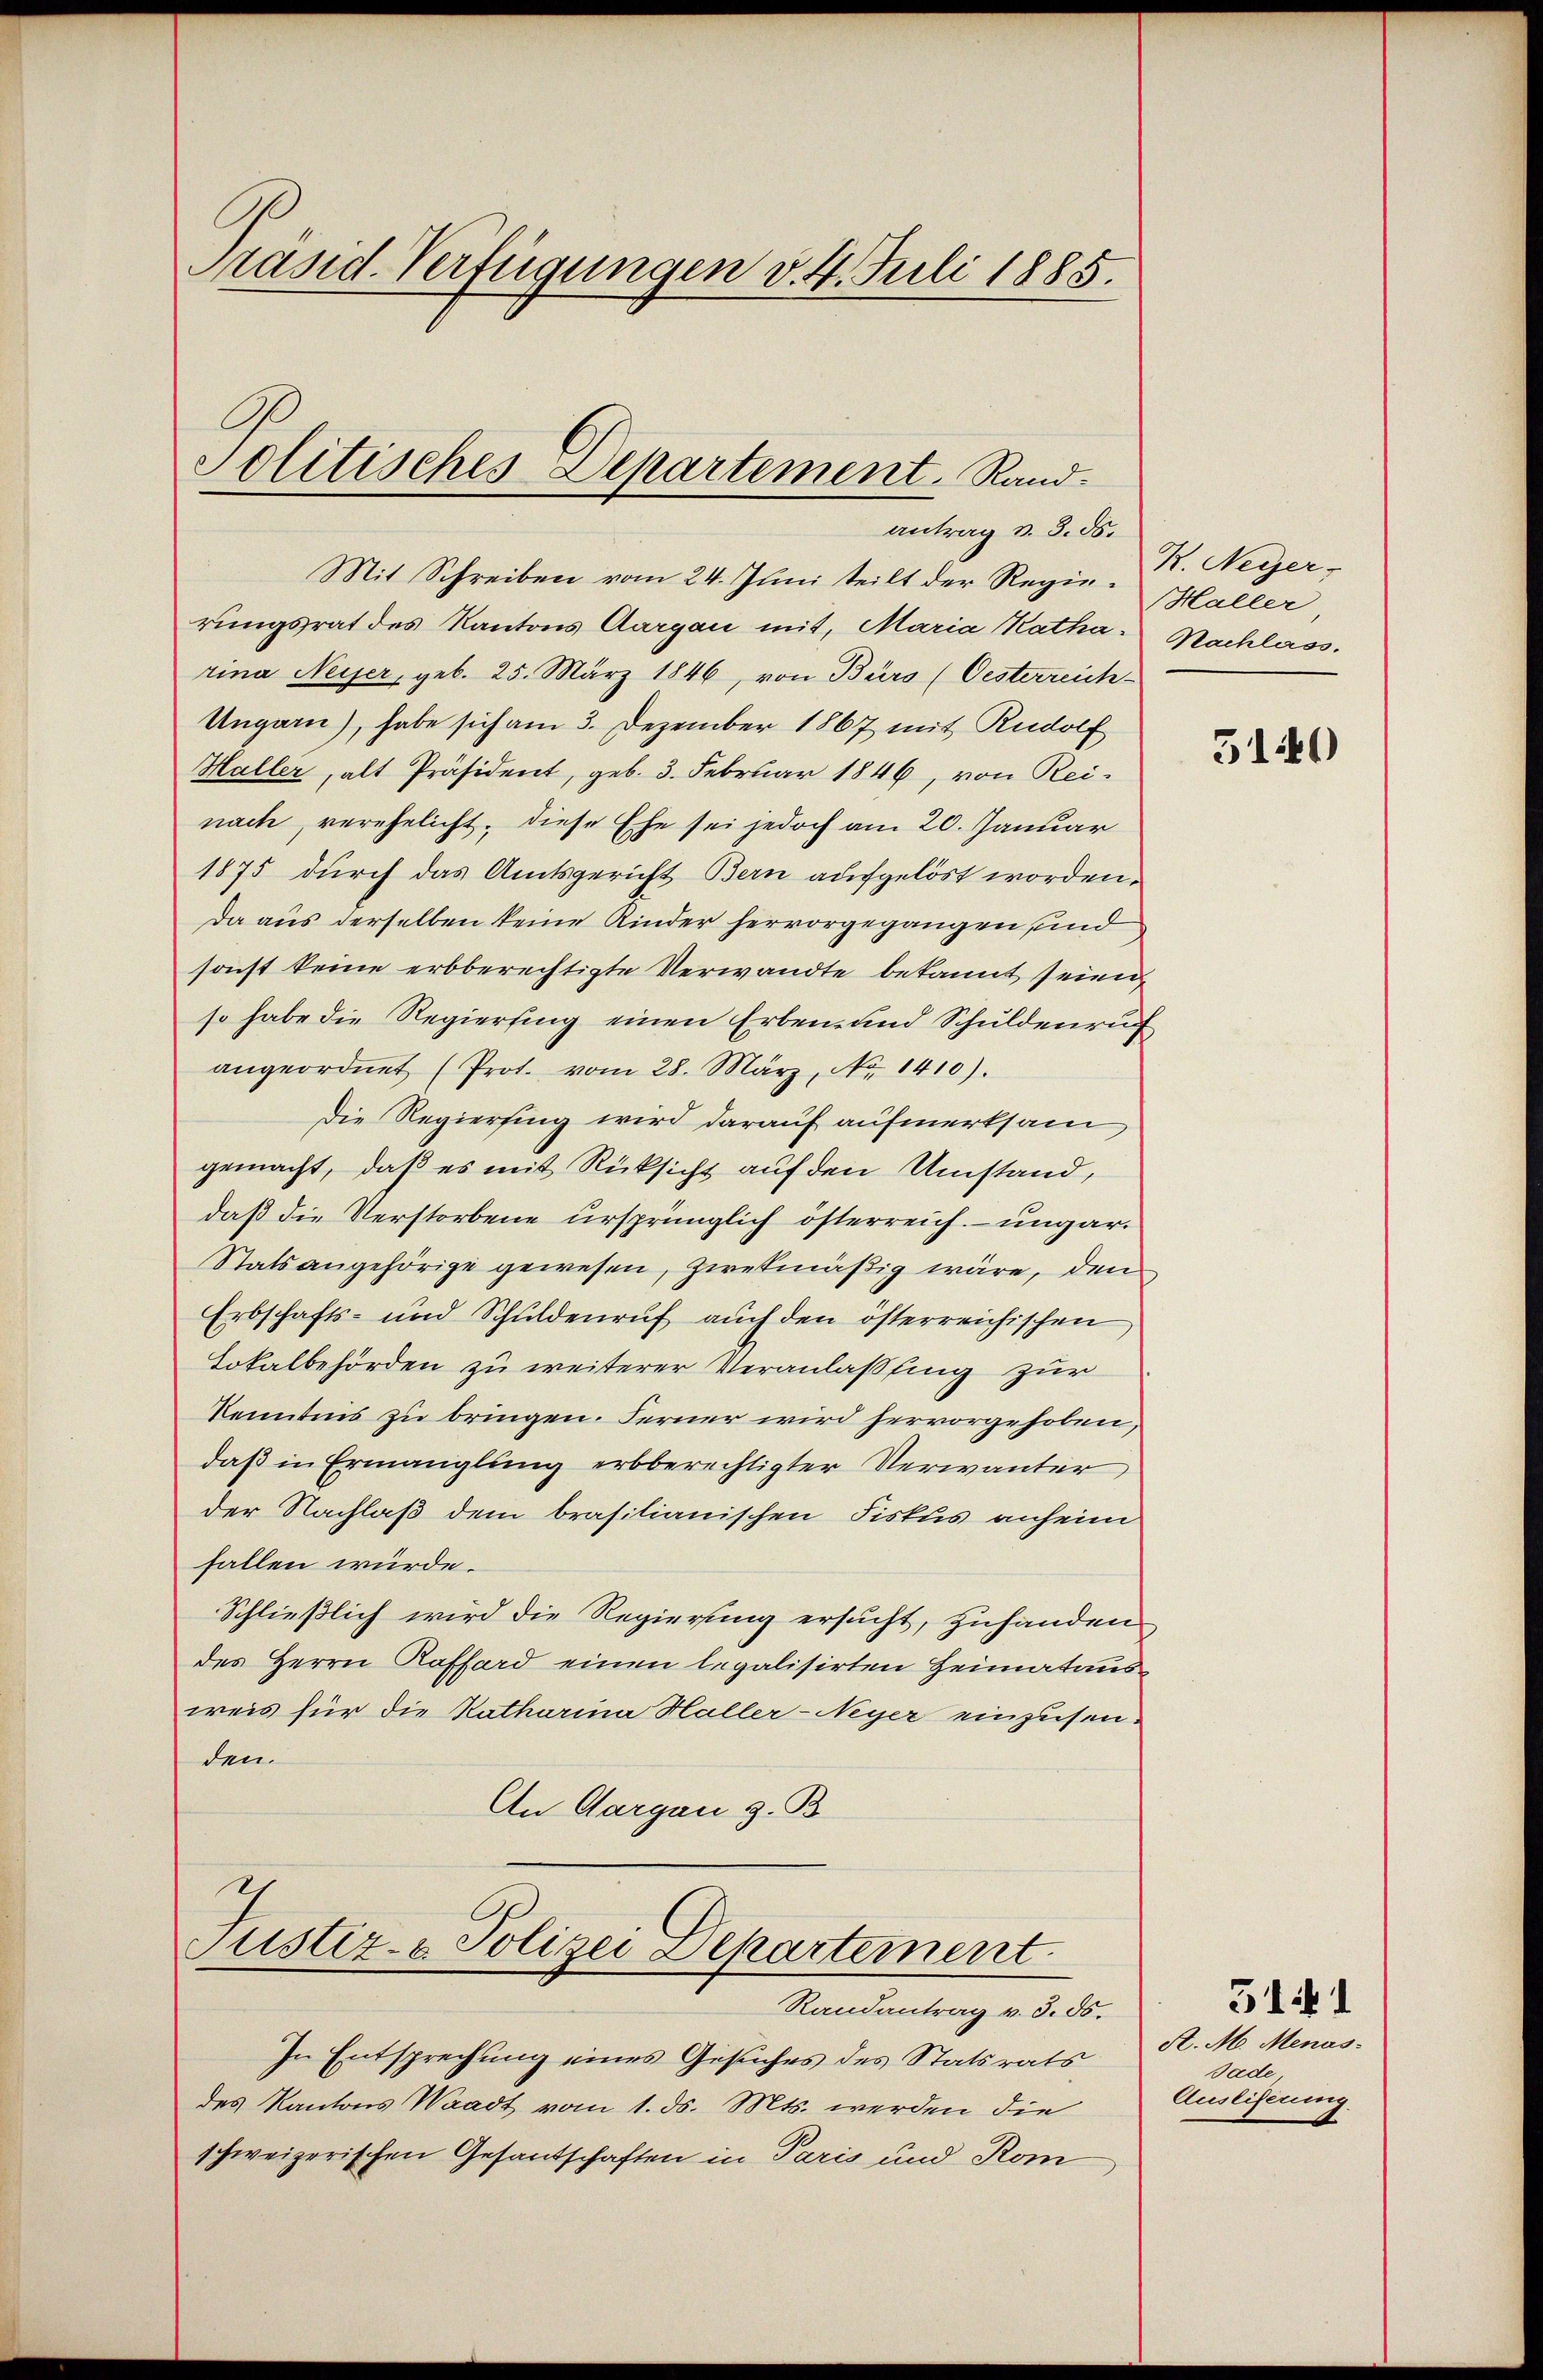
Präsid. Verfügungen v. 4. Juli 1885.

Solitisches Departement. Rand.
antrag v. 3. 85.

Mit Schreiben vom 24. Juni teilt der Regie-Haller,
rungsrat des Kantons Aargau mit, Maria Katha. Nachlass.
rina Neiser, geb. 25. März 1846, von Büro (Oesterreich
Ungarn), habe sich am 3. Dezember 1867 mit Rudolf
Haller, alt Präsident, geb. 3. Februar 1846, von Rei-
nach, verehelicht, diese Ehe sei jedoch am 20. Januar
1875 durch das Amtsgericht Bern aufgelöst worden.
Da aus derselben keine Kinder hervorgegangen, und
sonst keine erbberechtigte Verwandte bekannt seien,
so habe die Regierung einen Erben- und Schuldenruf
angeordnet (Prot. vom 28. März, No. 1410).
Die Regiersing wird darauf aufmerksam,
gemacht, daß es mit Rücksicht auf den Umstand,
daß die Verstorbene ursprünglich österreich. – ungar¬
Stats angehörige gewesen, zwekmäßig wäre, den
Erbschafts- und Schuldenruf auch den österreichischen
Lokalbehörden zu weiterer Veranlassung zur
Kenntnis zu bringen. Ferner wird hervorgehoben,
daß in Ermanglung erbberechtigter Verwanter
der Nachlaß dem brasilianischen Fiskus anheim
fallen würde.
Schließlich wird die Regierung ersucht, zuhanden
des Herrn Raffard einen legalisirten Heimatausweis für die Katharina Haller-Neyer einzusenden.
An Aargau z. B.

Justiz- & Polizei Departement

Randantrag v. 3. ds.
In Entsprechung eines Gesuches des Statsrats
des Kantons Waadt vom 1. ds. Mts. werden die
schweizerischen Gesantschaften in Paris und Rom

R. Neger,

510

3141
A. M. Menas.
Jade,
Ausliferung